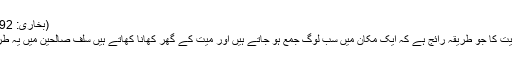
(بخاری: 1292، مسلم: 927)
آج لوگوں میں تعزیت کا جو طریقہ رائج ہے کہ ایک مکان میں سب لوگ جمع ہو جاتے ہیں اور میت کے گھر کھانا کھاتے ہیں سلف صالحین میں یہ طریقہ رائج نہیں تھا۔